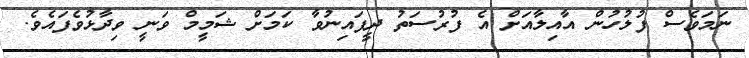
ނަމަވެސް ފުލުހުން އާއިލާއަށް އެ ފުރުސަތު ދީފައިނުވާ ކަމަށް ޝަމީމް ވަނީ ވިދާޅުވެފައެވެ.